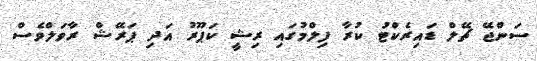
ސަންޖޭ ޗޭލް ޑައިރެކްޓު ކުރާ ފިލްމުގައި ރިޝީ ކަޕޫރު އަދި ޕަރޭޝް ރާވަލްވެސް